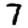
Digit: 7